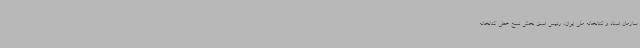
سازمان اسناد و کتابخانه ملی ایران، رئیس اسبق بخش نسخ خطی کتابخانه